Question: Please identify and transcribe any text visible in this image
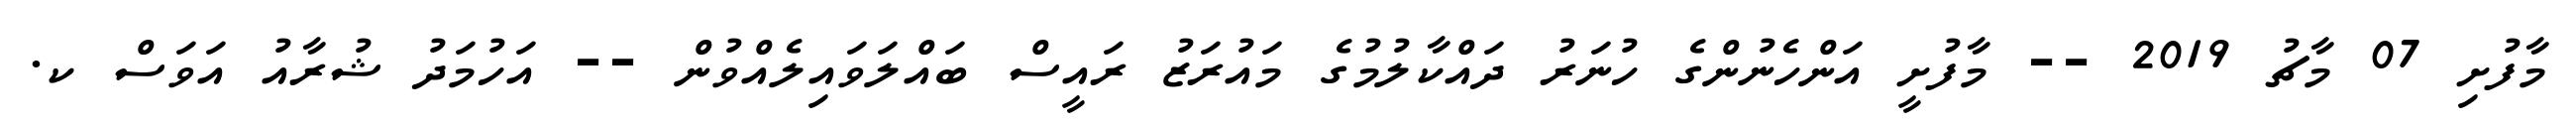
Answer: މާފުށި 07 މާޗު 2019 -- މާފުށީ އަންހެނުންގެ ހުނަރު ދައްކާލުމުގެ މައުރަޒު ރައީސް ބައްލަވައިލެއްވުން -- އަހުމަދު ޝުރާއު އަވަސް ކ.